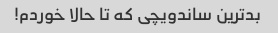
بدترین ساندویچی که تا حالا خوردم!